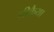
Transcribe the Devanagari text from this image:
नीकैया